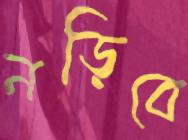
নড়িবে